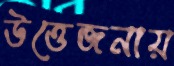
উত্তেজনায়